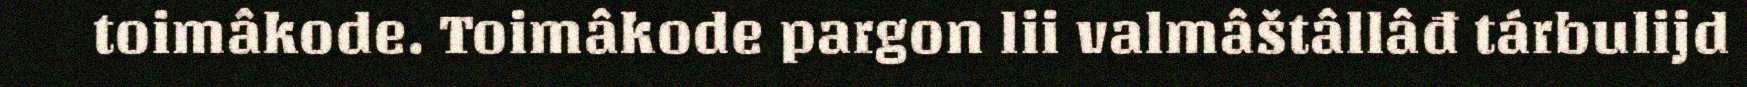
toimâkode. Toimâkode pargon lii valmâštâllâđ tárbulijd